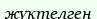
жүктелген